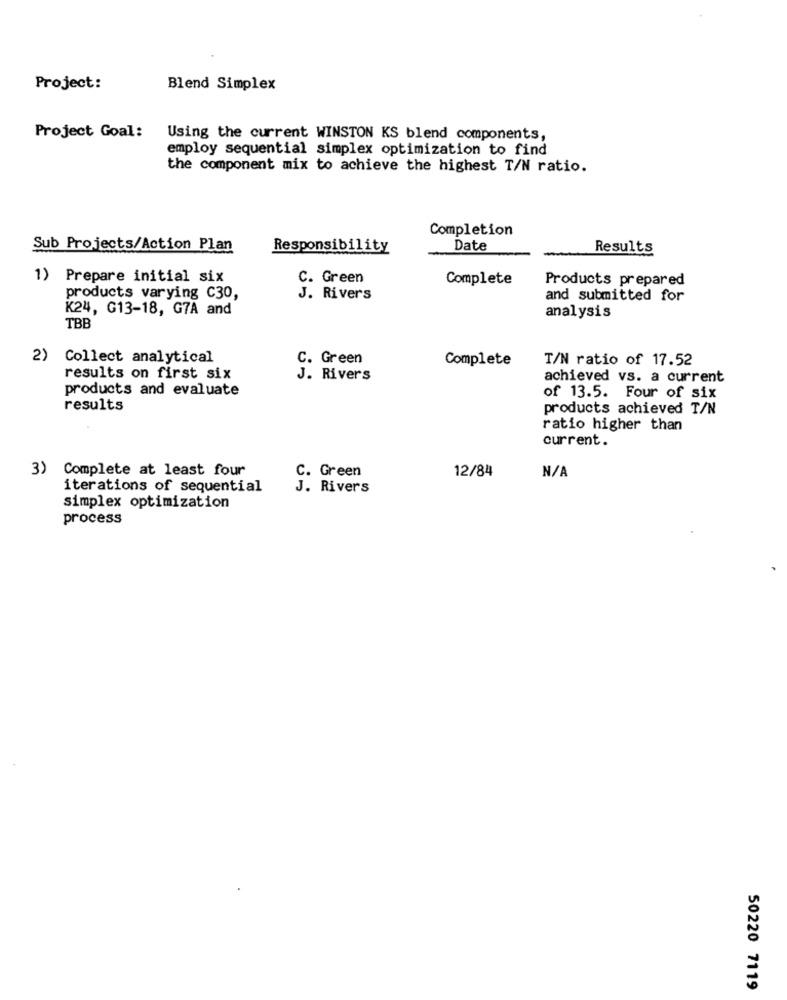
Project:
Blend Simplex
Project Goal:
Using the current WINSTON KS blend components,
employ sequential simplex optimization to find
the component mix to achieve the highest T/N ratio.
Completion
Sub Projects/Action Plan
Responsibility
Date
Results
1)
Prepare initial six
C. Green
Complete
Products prepared
products varying C30,
J. Rivers
and submitted for
K24, G13-18, G7A and
analysis
TBB
2) Collect analytical
C. Green
Complete
T/N ratio of 17.52
results on first six
J. Rivers
achieved vs. a current
products and evaluate
of 13.5. Four of six
results
products achieved T/N
ratio higher than
current.
3) Complete at least four
12/84
C. Green
iterations of sequential
J. Rivers
simplex optimization
process
50220 7119